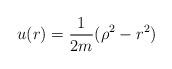
LaTeX: \begin{align*}u(r)=\dfrac{1}{2m}(\rho^2-r^2)\end{align*}